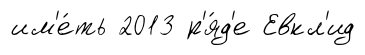
им'е́ть 2013 р'я́д'е Евкл'ид